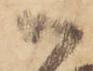
御